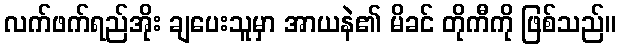
လက်ဖက်ရည်အိုး ချပေးသူမှာ အာယနဲ၏ မိခင် တိုကီကို ဖြစ်သည်။